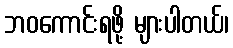
ဘဝကောင်းရဖို့ များပါတယ်၊